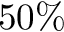
5 0 \%